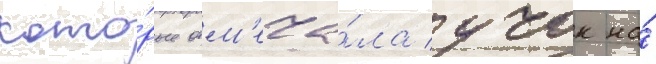
кото́рые отм'еча́ла учок на́